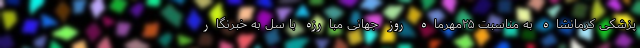
پزشکی کرمانشاه به مناسبت ۲۵مهرماه روز جهانی مبارزه با سل به خبرنگار